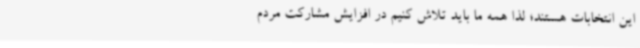
این انتخابات هستند؛ لذا همه ما باید تلاش کنیم در افزایش مشارکت مردم